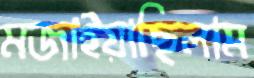
মজাইয়াছিলাম